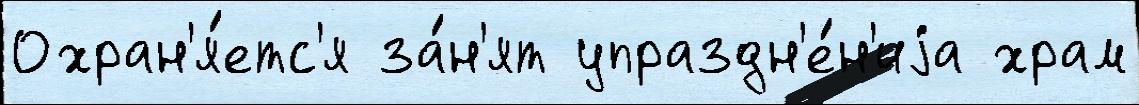
Охран'я́етс'я за́н'ят упраздн'е́н'иjа храм